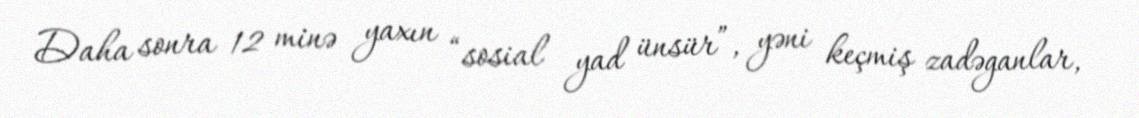
Daha sonra 12 minə yaxın “sosial yad ünsür”, yəni keçmiş zadəganlar,